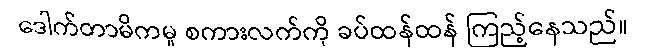
ဒေါက်တာမိကမူ စကားလက်ကို ခပ်ထန်ထန် ကြည့်နေသည်။